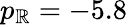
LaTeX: p_{\mathbb{R}}=-5.8